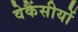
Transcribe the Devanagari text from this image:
वेकैंसीयों